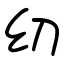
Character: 㓜